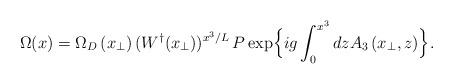
LaTeX: \begin{align*}\Omega(x) = \Omega_{D}\left(x_{\perp}\right) (W^{\dagger}(x_{\perp}))^{x^{3}/L} \, P \exp\Bigl\{ig \int_{0}^{x^{3}} dz A_{3} \left(x_{\perp},z\right)\Bigr\} .\end{align*}